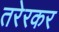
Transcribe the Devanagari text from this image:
तरेरकर